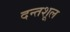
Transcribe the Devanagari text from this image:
दन्तशूल